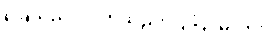
ခြေသည်း လက်သည်း ပြုပြင်မလား။